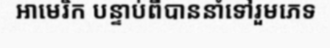
អាមេរិក បន្ទាប់ពីបាននាំទៅរួមភេទ